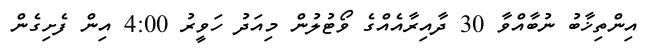
އިންތިޚާބު ނުބާއްވާ 30 ދާއިރާއެއްގެ ވޯޓުލުން މިއަދު ހަވީރު 4:00 އިން ފެށިގެން